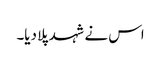
اس نے شہد پلا دیا۔